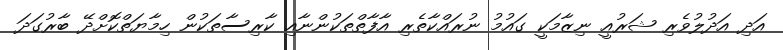
އަދި އަދުލުވެރި ޝަރުއީ ނިޒާމަކީ ގައުމު ނުރައްކާތެރި އާފާތްތަކުންނާއި ކާރިސާތަކުން ހިމާޔަތްކޮށްދޭ ބާރުގަދަ